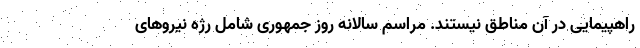
راهپیمایی در آن مناطق نیستند. مراسم سالانه روز جمهوری شامل رژه نیروهای